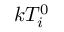
k T _ { i } ^ { 0 }